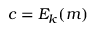
c = E _ { k } ( m )